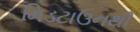
મિડટાઉનથી